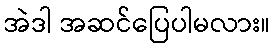
အဲဒါ အဆင်ပြေပါမလား။